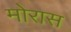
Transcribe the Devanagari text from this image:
मोरास